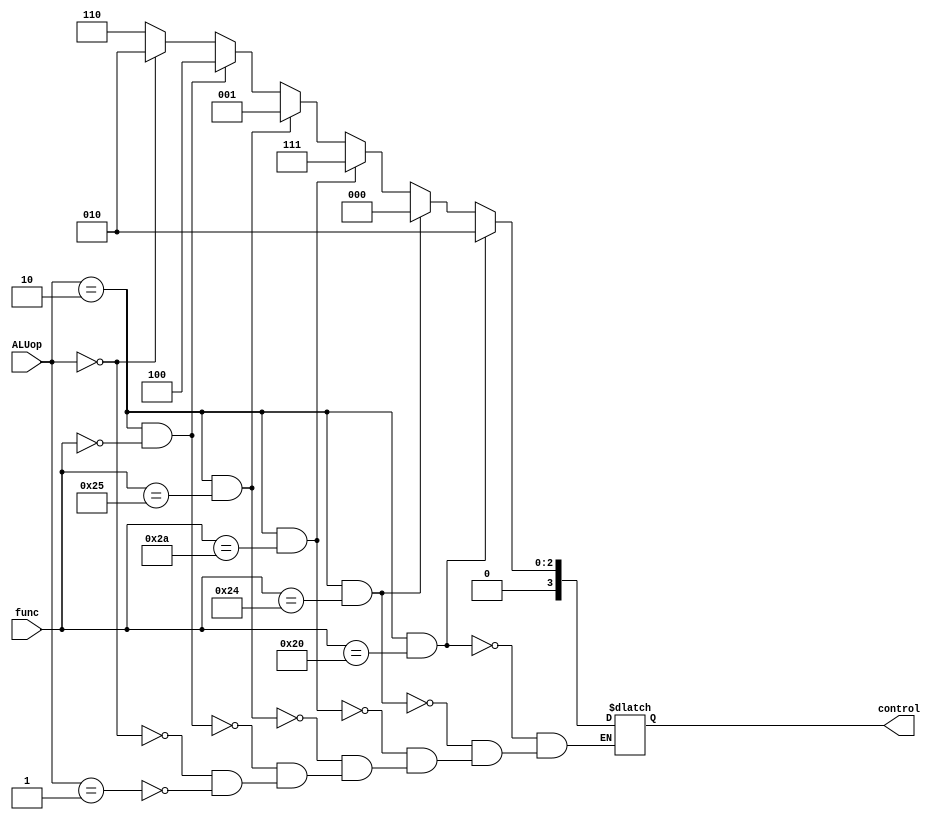

module ALUcontrol(control,ALUop,func);
input [1:0]ALUop;
input [5:0]func;
output reg [3:0]control;

always @(ALUop or func)
begin
if(ALUop==2'b10 && func==6'b100000)//add
begin
control <= 4'b0010;
end

else if(ALUop==2'b10 && func==6'b100100)//and
begin
control <= 4'b0000;
end

else if(ALUop==2'b10 && func==6'b101010)//slt
begin
control <= 4'b0111;
end

else if(ALUop==2'b10 && func==6'b100101)//or
begin
control <= 4'b0001;
end

else if(ALUop==2'b10 && func==6'b000000)//sll
begin
control <= 4'b0100;
end



else if(ALUop==2'b00)//lw,sw,addi,ori
begin
control <= 4'b0010;
end


else if(ALUop==2'b01)//beq
begin
control <= 4'b0110;
end


end
endmodule